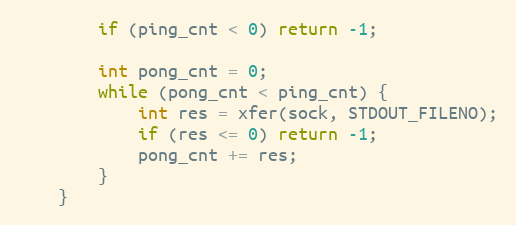
Language: C
        if (ping_cnt < 0) return -1;

        int pong_cnt = 0;
        while (pong_cnt < ping_cnt) {
            int res = xfer(sock, STDOUT_FILENO);
            if (res <= 0) return -1;
            pong_cnt += res;
        }
    }